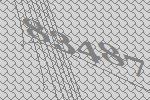
83487